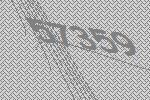
57359